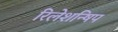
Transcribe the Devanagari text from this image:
रिलेशन्षिप